Annual statistical returns and brief notes on vaccination in Bengal - 1909-1929
Year: 1909
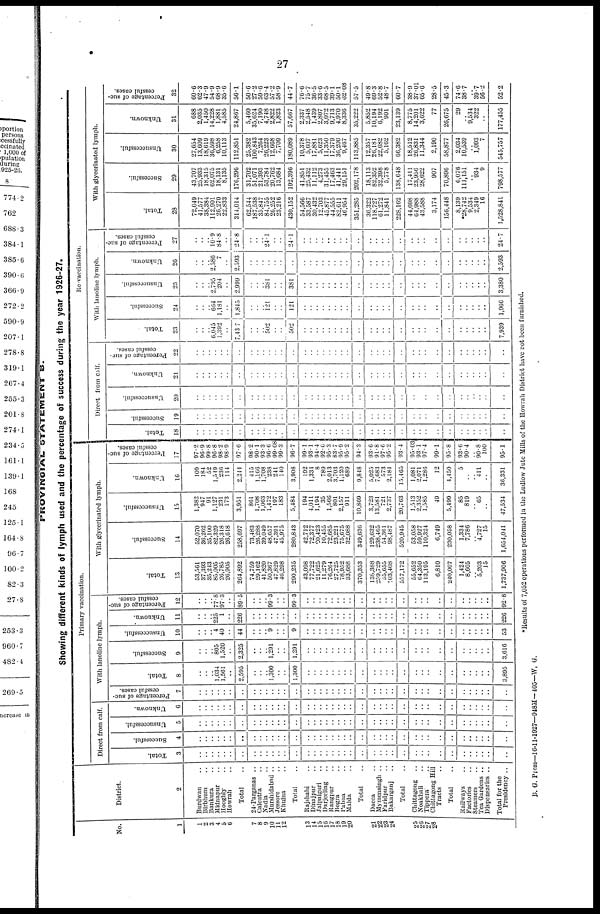
27
PROVINCIAL STATEMENT B.
Showing different kinds of lymph used and the percentage of success during the year 1926-27.
No.
1
1
2
3
4
5
6
7
8
9
10
11
12
13
14
15
16
17
18
19
20
21
22
23
24
25
26
27
28
District.
2
Burdwan ..
Birbhum ..
Bankura ..
Midnapur ..
Hooghly ..
Howrah ..
Total ..
24-Pargnnas ..
Calcutta ..
Nadia ..
Murshidabnd ..
Jessore ..
Khulna ..
Total
Rajshahi ..
Dinajpur ..
Jalpaiguri ..
Darjeeling ..
Rangpur ..
Bogra ..
Pabna
Malda ..
Total
Dacca
Mymensingh ..
Faridpur ..
Bakarganj ..
Total ..
Chittagong ..
Noakhali ..
Tippera ..
Chittagong Hill
Tracts ..
Total ..
Railways ..
Factories ..
Steamers ..
Tea Gardens ..
Dispensaries ..
Total for the
Presidency
Primary vaccination.
Direct from calf.
Total.
3
..
..
..
..
..
..
..
..
..
..
..
..
..
..
..
..
..
..
..
..
..
..
..
..
..
..
..
..
..
..
..
..
..
..
..
..
..
..
..
Successful.
4
..
..
..
..
..
..
..
..
..
..
..
..
..
..
..
..
..
..
..
..
..
..
..
..
..
..
..
..
..
..
..
..
..
..
..
..
..
..
..
Unsuccessful.
5
..
..
..
..
..
..
..
..
..
..
..
..
..
..
..
..
..
..
..
..
..
..
..
..
..
..
..
..
..
..
..
..
..
..
..
..
..
..
..
Unknown.
6
..
..
..
..
..
..
..
..
..
..
..
..
..
..
..
..
..
..
..
..
..
..
..
..
..
..
..
..
..
..
..
..
..
..
..
..
..
..
..
With lanoline lymph.
Percentage of suc-
cessful cases.
7
..
..
..
..
..
..
..
..
..
..
..
..
..
..
..
..
..
..
..
..
..
..
..
..
..
..
..
..
..
..
..
..
..
..
..
..
..
..
..
Total.
8
..
..
..
1,034
1,561
..
2,595
..
..
..
1,300
..
..
1,300
..
..
..
..
..
..
..
..
..
..
..
..
..
..
..
..
..
..
..
..
..
..
..
..
3,895
Successful.
9
..
..
..
805
1,520
..
2,325
..
..
..
1,291
..
..
1,291
..
..
..
..
..
..
..
..
..
..
..
..
..
..
..
..
..
..
..
..
..
..
..
..
3,616
Unsuccessful.
10
..
..
..
4
40
..
44
..
..
..
9
..
..
9
..
..
..
..
..
..
..
..
..
..
..
..
..
..
..
..
..
..
..
..
..
..
..
..
53
Unknown.
11
..
..
..
225
1
..
220
..
..
..
..
..
..
..
..
..
..
..
..
..
..
..
..
..
..
..
..
..
..
..
..
..
..
..
..
..
..
..
226
Percentage of suc-
cessful cases.
12
..
..
..
77.8
97.3
..
89.5
..
..
..
99.3
..
..
99.3
..
..
..
..
..
..
..
..
..
..
..
..
..
..
..
..
..
..
..
..
..
..
..
..
92.8
With glycerinated lymph.
Total.
13
53,561
37,393
35,243
85,005
20,785
20,905
204,892
74,759
29,162
41,820
50,367
47,829
46,298
290,235
43,098
77,722
21,625
11,279
76,264
27,725
78,952
33,688
370,353
138,388
259,729
55,655
103,408
557,172
55,652
64,350
113,195
6,810
240,007
1,424
8,605
..
5,203
15
1,737,906
Successful.
14
52,070
36,262
35,100
82,329
26,318
26,618
258,697
73,483
26,288
39,049
48,657
47,391
45,975
280,843
42,712
72,377
20,423
10,455
72,685
23,221
75,675
32,088
349,636
129,632
238,465
54,361
98,487
520,945
53,058
59,927
110,324
6,749
230,058
1,334
7,786
..
4,727
15
1,654,041
Unsuccessful.
15
1,382
947
91
1,127
231
173
3,951
861
1,708
1,063
1,472
197
183
5,484
194
4,011
1,194
35
1,566
801
2,157
911
10,869
3,723
13,581
721
2,737
20,763
1,513
2,352
1,585
49
5,499
85
819
..
65
..
47,534
Unknown.
16
109
184
52
1,549
236
114
2,244
415
1,166
1,708
238
241
140
3,908
192
1,334
8
789
2,013
3,703
1,120
689
9,848
5,025
7,683
573
2,184
15,465
1,081
2,071
1,286
12
4,450
5
..
..
411
..
36,331
Percentage of suc-
cessful cases.
17
97.2
96.9
99.8
96.8
98.2
989
97.6
98.2
90.1
93.3
96.6
99.08
99.3
96.7
99.1
93.1
94.4
92.6
95.3
83.7
95.9
95.2
94.3
93.6
91.8
97.6
95.2
93.4
95.03
93.1
97.4
99.1
95.8
93.6
90.4
..
90.8
100
95.1
Re-vaccination.
Direct from calf.
Total.
18
..
..
..
..
..
..
..
..
..
..
..
..
..
..
..
..
..
..
..
..
..
..
..
..
..
..
..
..
..
..
..
..
..
..
..
..
..
..
..
Successful.
19
..
..
..
..
..
..
..
..
..
..
..
..
..
..
..
..
..
..
..
..
..
..
..
..
..
..
..
..
..
..
..
..
..
..
..
..
..
..
..
Unsuccessful.
20
..
..
..
..
..
..
..
..
..
..
..
..
..
..
..
..
..
..
..
..
..
..
..
..
..
..
..
..
..
..
..
..
..
..
..
..
..
..
..
Unknown.
21
..
..
..
..
..
..
..
..
..
..
..
..
..
..
..
..
..
..
..
..
..
..
..
..
..
..
..
..
..
..
..
..
..
..
..
..
..
..
..
Percentage of suc-
cessful cases.
22
..
..
..
..
..
..
..
..
..
..
..
..
..
..
..
..
..
..
..
..
..
..
..
..
..
..
..
..
..
..
..
..
..
..
..
..
..
..
..
With lanoline lymph.
Total.
23
..
..
..
6,045
1,392
..
7,4317
..
..
..
502
..
..
502
..
..
..
..
..
..
..
..
..
..
..
..
..
..
..
..
..
..
..
..
..
..
..
..
7,939
Successful.
24
..
..
..
664
1,181
..
1,845
..
..
..
121
..
..
121
..
..
..
..
..
..
..
..
..
..
..
..
..
..
..
..
..
..
..
..
..
..
..
..
1,966
Unsuccessful.
25
..
..
..
2,795
204
..
2,999
..
..
..
381
..
..
381
..
..
..
..
..
..
..
..
..
..
..
..
..
..
..
..
..
..
..
..
..
..
..
..
3,380
Unknown.
26
..
..
..
2,586
7
..
2,593
..
..
..
..
..
..
..
..
..
..
..
..
..
..
..
..
..
..
..
..
..
..
..
..
..
..
..
..
..
..
..
2,593
Percentage of suc-
cessful cases.
27
..
..
..
10.9
84.8
..
24.8
..
..
..
241
..
..
24.1
..
..
..
..
..
..
..
..
..
..
..
..
..
..
..
..
..
..
..
..
..
..
..
..
24.7
With glycerinated lymph.
Total.
28
72,049
41,577
38,384
112,901
26,270
22,833
314,014
62,544
187,538
35,847
84,755
20,252
23,216
430,152
54,566
33,587
30,432
12,703
45,877
44,555
82,611
46,954
351,285
36,322
118,727
61,272
11,841
228,162
44,698
64,988
43,588
3,174
156,448
8,139
*28,742
9,534
2,349
16
1,528,841
Successful.
29
43,707
25,933
18,315
62,075
18,131
8,135
176,296
31,702
51,071
21,393
53,784
20,762
13,684
192,396
41,851
25,432
11,112
4,273
31,455
17,463
41,441
29,151
202,178
18,113
82,352
32,398
5,778
138,648
17,411
23,956
28,022
907
70,896
6,076
111,151
..
934
9
798,577
Unsuccessful.
30
27,054
13,609
18,619
36,598
6,258
10,113
112,851
25,382
100,843
7,264
26,223
12,668
7,709
180,089
10,378
5,607
17,881
5,623
11,350
17,379
36,200
9,467
113,885
12,357
26,181
22,682
5,162
66,382
18,512
26,831
11,344
2,190
58,877
2,034
10,539
..
1,093
7
545,757
Unknown.
31
688
2,035
1,450
14,228
1,881
4,585
24,867
5,460
35,624
7,190
4,748
2,822
1,823
57,667
2,337
2,548
1,439
2,807
3,072
9,713
4,970
8,336
35,222
5,852
10,194
6,192
901
23,139
8,775
14,201
3,622
77
26,675
29
..
9,534
322
..
177,455
Percentage of suc-
cessful cases.
32
60.6
62.3
47.9
54.9
68.9
35.6
56.1
50.6
27.2
59.6
63.4
57.2
58.9
44.7
76.6
75.7
36.5
33.6
68.5
39.1
50.1
62.08
57.5
49.8
69.3
52.8
48.7
60.7
38.9
37.01
65.6
28.5
45.3
74.6
38.7
..
39.7
56.2
52.2
*Results of 7,052 operations performed in the Ludlow Jute Mills of the Howrah District have not been furnished.
B. G. Press—16-11-1027—018JI-405—W, G.